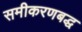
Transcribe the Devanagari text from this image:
समीकरणबद्ध